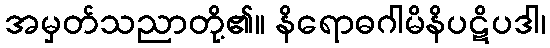
အမှတ်သညာတို့၏။ နိရောဓဂါမိနိပဋိပဒါ၊